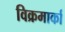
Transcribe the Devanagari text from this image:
विक्रमार्का